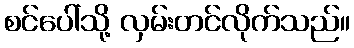
စင်ပေါ်သို့ လှမ်းတင်လိုက်သည်။